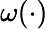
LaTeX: \omega(\cdot)